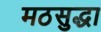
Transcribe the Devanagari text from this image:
मठसुद्धा